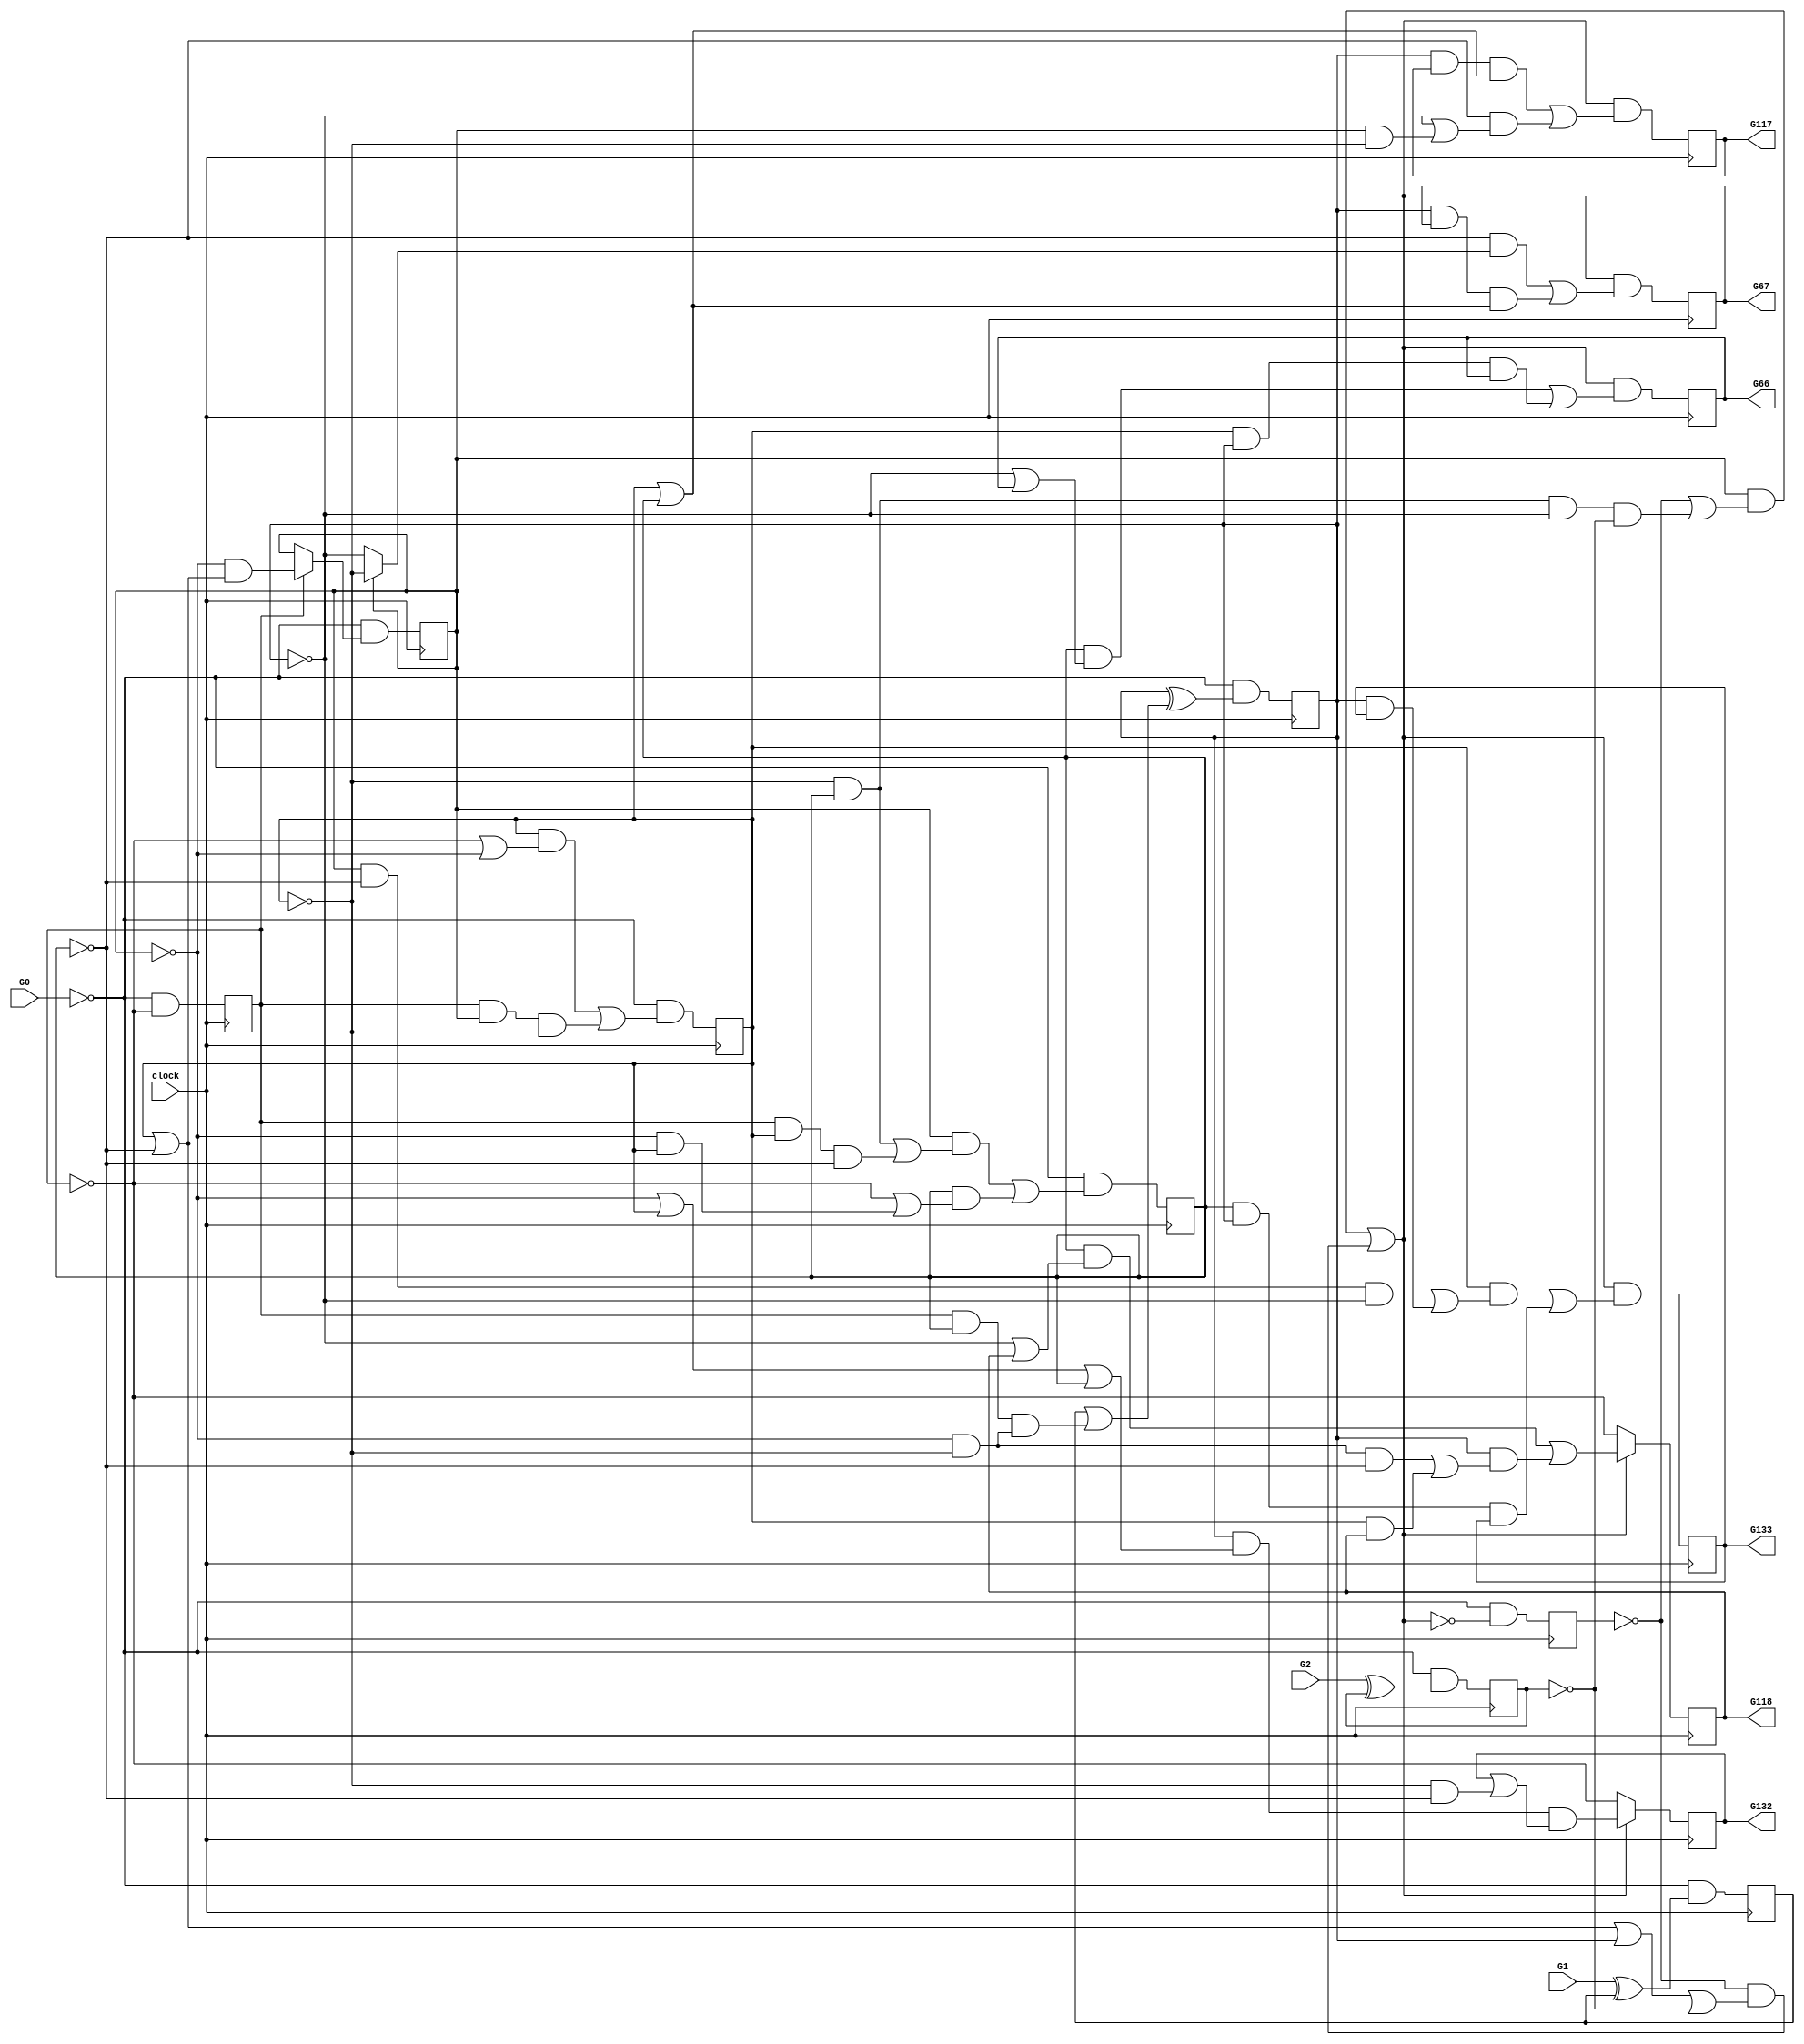
// This program was cloned from: https://github.com/lnis-uofu/OpenFPGA
// License: MIT License

// Benchmark "s298.bench" written by ABC on Tue Mar  5 10:03:54 2019

module s298 ( clock, 
    G0, G1, G2,
    G117, G132, G66, G118, G133, G67  );
  input  G0, G1, G2, clock;
  output G117, G132, G66, G118, G133, G67;
  reg G10, G11, G12, G13, G14, G15, G16, G17, G18, G19, G20, G21, G22, G23;
  wire n57, n59, n64, n66, n21_1, n26_1, n31_1, n36_1, n41_1, n46_1, n51_1,
    n56_1, n61_1, n66_2, n71_1, n76_1, n81_1, n86_1;
  assign n21_1 = ~G0 & ~G10;
  assign n26_1 = ~G0 & (G10 ? (~G11 & (G12 | ~G13)) : G11);
  assign n31_1 = ~G0 & ((G12 & (~G10 | ~G11)) | (G10 & G11 & ~G12));
  assign n36_1 = ~G0 & ((G11 & ((~G12 & G13) | (G10 & G12 & ~G13))) | (G13 & (~G10 | (~G11 & G12))));
  assign n41_1 = ~G0 & (G14 ^ (G23 | (G10 & G13 & n57)));
  assign n57 = ~G11 & ~G12;
  assign n46_1 = ~G0 & ~n59;
  assign n59 = (G11 & (~G15 | (~G12 & G13 & ~G14 & ~G22))) | (~G15 & (G12 | ~G13 | G14 | ~G22));
  assign n51_1 = n59 & ((G13 & (~G14 | G16)) | (G12 & G14 & G16));
  assign n56_1 = n59 & ((~G13 & (G11 ? ~G12 : ~G14)) | (G14 & G17 & (G12 | G13)));
  assign n61_1 = n59 & ((G14 & G18 & (G12 | G13)) | (~G13 & (~G14 | (G11 & ~G12))));
  assign n66_2 = n59 ? n64 : ~G10;
  assign n64 = (G13 & (~G14 | G19)) | (G14 & ((~G11 & ~G12 & ~G13) | (G12 & G19)));
  assign n71_1 = n59 ? (n66 & (G20 | (~G12 & ~G13))) : ~G10;
  assign n66 = G14 & (~G11 | G12 | G13);
  assign n76_1 = n59 & ((G12 & ((G11 & ~G13 & ~G14) | (G14 & G21))) | (G13 & G14 & G21));
  assign n81_1 = ~G0 & (G2 ^ G22);
  assign n86_1 = ~G0 & (G1 ^ G23);
  assign G117 = G18;
  assign G132 = G20;
  assign G66 = G16;
  assign G118 = G19;
  assign G133 = G21;
  assign G67 = G17;
  always @ (posedge clock) begin
    G10 <= n21_1;
    G11 <= n26_1;
    G12 <= n31_1;
    G13 <= n36_1;
    G14 <= n41_1;
    G15 <= n46_1;
    G16 <= n51_1;
    G17 <= n56_1;
    G18 <= n61_1;
    G19 <= n66_2;
    G20 <= n71_1;
    G21 <= n76_1;
    G22 <= n81_1;
    G23 <= n86_1;
  end
  initial begin
    G10 <= 1'b0;
    G11 <= 1'b0;
    G12 <= 1'b0;
    G13 <= 1'b0;
    G14 <= 1'b0;
    G15 <= 1'b0;
    G16 <= 1'b0;
    G17 <= 1'b0;
    G18 <= 1'b0;
    G19 <= 1'b0;
    G20 <= 1'b0;
    G21 <= 1'b0;
    G22 <= 1'b0;
    G23 <= 1'b0;
  end
endmodule